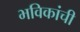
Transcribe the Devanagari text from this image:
भविकांची